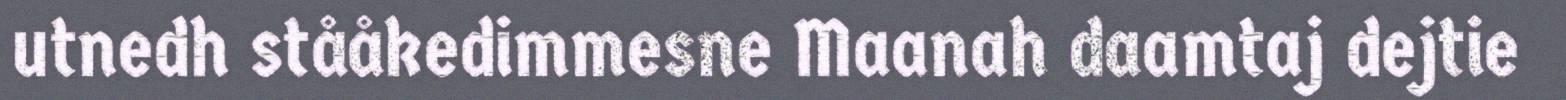
utnedh stååkedimmesne Maanah daamtaj dejtie